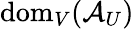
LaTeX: \mathrm{dom}_{V}(\mathcal{A}_{U})